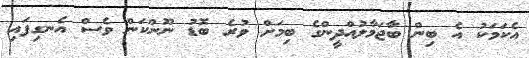
އެކަމަކު އެ ބިން ބާޖަމާލުއްދީންގެ ބިމަށް ވުރެ ބޮޑު ނޫންކަން ވެސް އެނގިފައި